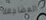
المضاجعة